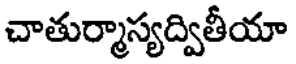
చాతుర్మాస్యద్వితీయా